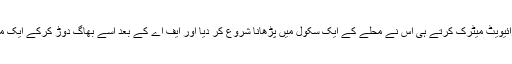
فرخی نے خود کو تسلیم کروانا تھا سو پرائیویٹ میٹرک کرتے ہی اس نے محلے کے ایک سکول میں پڑھانا شروع کر دیا اور ایف اے کے بعد اسے بھاگ دوڑ کرکے ایک میونسپل سکول میں ملازمت بھی مل گئی۔